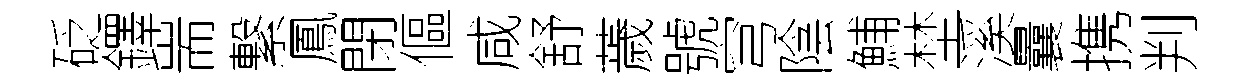
砭鐸耑繋鳳閉傴咸舒薉號穹陰鯆埜溪曩携判